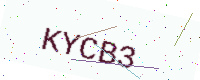
Text: KYCB3